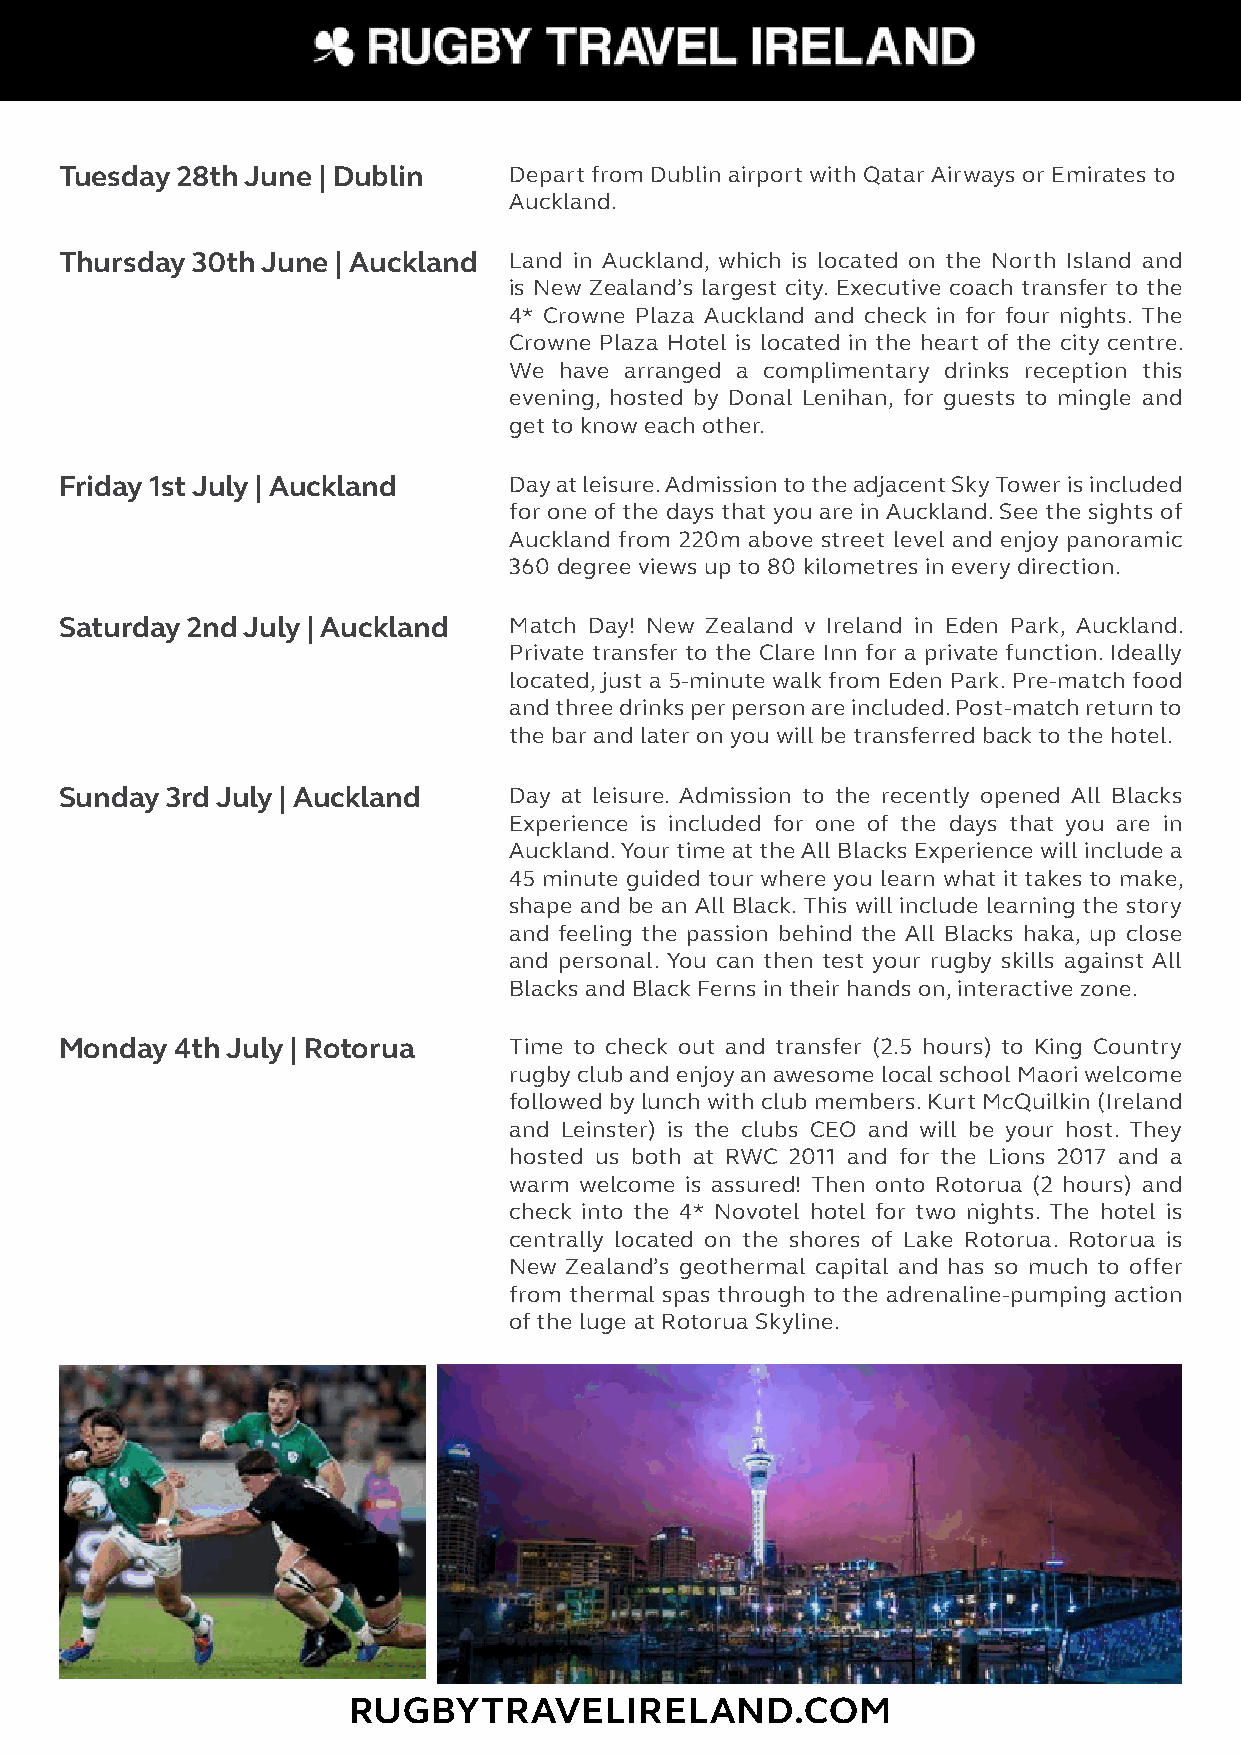
Tuesday 28th June | Dublin    Depart from Dublin airport with Qatar Airways or Emirates to
 Auckland.
 Thursday 30th June | Auckland L and in Auckland, which is located on the North Island and
 is New Zealand’s largest city. Executive coach transfer to the
 4* Crowne Plaza Auckland and check in for four nights. The
 Crowne Plaza Hotel is located in the heart of the city centre.
 We have arranged a complimentary drinks reception this
 evening, hosted by Donal Lenihan, for guests to mingle and
 get to know each other.
 Friday 1st July | Auckland    D ay at leisure. Admission to the adjacent Sky Tower is included
 for one of the days that you are in Auckland. See the sights of
 Auckland from 220m above street level and enjoy panoramic
 360 degree views up to 80 kilometres in every direction.
 Saturday 2nd July | Auckland  M atch Day! New Zealand v Ireland in Eden Park, Auckland.
 Private transfer to the Clare Inn for a private function. Ideally
 located, just a 5-minute walk from Eden Park. Pre-match food
 and three drinks per person are included. Post-match return to
 the bar and later on you will be transferred back to the hotel.
 Sunday 3rd July | Auckland    D ay at leisure. Admission to the recently opened All Blacks
 Experience is included for one of the days that you are in
 Auckland. Your time at the All Blacks Experience will include a
 45 minute guided tour where you learn what it takes to make,
 shape and be an All Black. This will include learning the story
 and feeling the passion behind the All Blacks haka, up close
 and personal. You can then test your rugby skills against All
 Blacks and Black Ferns in their hands on, interactive zone.
 Monday  4th July | Rotorua    Time to check out and transfer (2.5 hours) to King Country
 rugby club and enjoy an awesome local school Maori welcome
 followed by lunch with club members. Kurt McQuilkin (Ireland
 and Leinster) is the clubs CEO and will be your host. They
 hosted us both at RWC 2011 and for the Lions 2017 and a
 warm welcome is assured! Then onto Rotorua (2 hours) and
 check into the 4* Novotel hotel for two nights. The hotel is
 centrally located on the shores of Lake Rotorua. Rotorua is
 New Zealand’s geothermal capital and has so much to offer
 from thermal spas through to the adrenaline-pumping action
 of the luge at Rotorua Skyline.
 RUGBYTRAVELIRELAND.COM